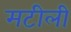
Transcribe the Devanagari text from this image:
मटीली